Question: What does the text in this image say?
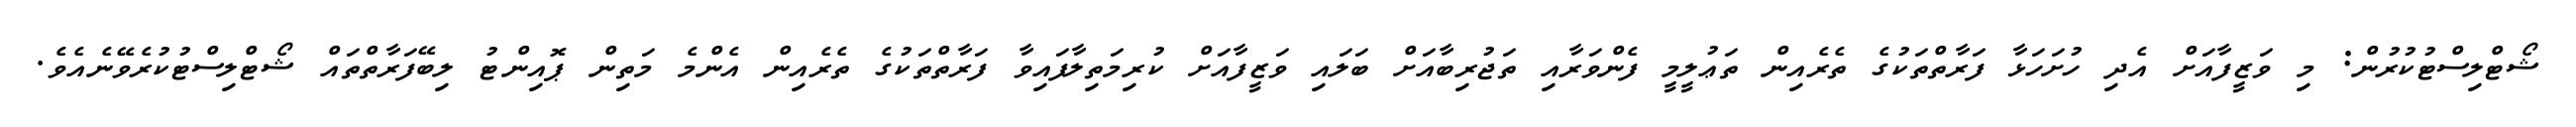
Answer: ޝޯޓްލިސްޓުކުރުން: މި ވަޒީފާއަށް އެދި ހުށަހަޅާ ފަރާތްތަކުގެ ތެރެއިން ތަޢުލީމީ ފެންވަރާއި ތަޖުރިބާއަށް ބަލައި ވަޒީފާއަށް ކުރިމަތިލާފައިވާ ފަރާތްތަކުގެ ތެރެއިން އެންމެ މަތިން ޕޮއިންޓު ލިބޭފަރާތްތައް ޝޯޓްލިސްޓުކުރެވޭނެއެވެ.